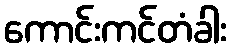
ကောင်းကင်တံခါး